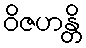
ဝိဇဟန္တိ